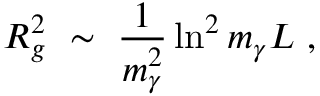
R _ { g } ^ { 2 } \ \sim \ \frac 1 { m _ { \gamma } ^ { 2 } } \ln ^ { 2 } m _ { \gamma } L \ ,